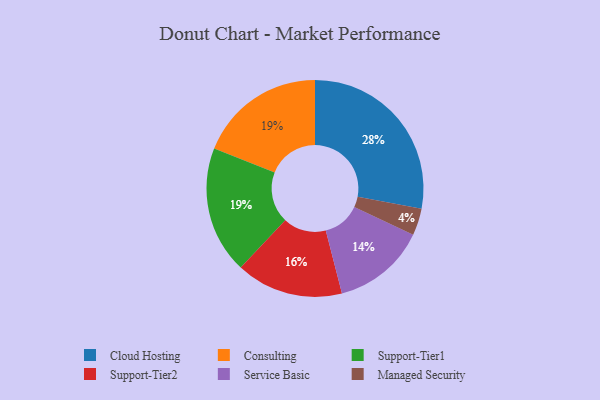
{"axis": {"x": "Category", "y": "Percentage"}, "legend": ["Cloud Hosting", "Consulting", "Managed Security", "Service Basic", "Support-Tier1", "Support-Tier2"], "data": [{"x": "Cloud Hosting", "y": 28, "type": "Cloud Hosting"}, {"x": "Consulting", "y": 19, "type": "Consulting"}, {"x": "Support-Tier2", "y": 16, "type": "Support-Tier2"}, {"x": "Managed Security", "y": 4, "type": "Managed Security"}, {"x": "Support-Tier1", "y": 19, "type": "Support-Tier1"}, {"x": "Service Basic", "y": 14, "type": "Service Basic"}]}